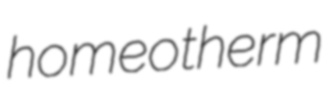
homeotherm